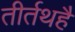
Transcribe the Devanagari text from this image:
तीर्तथहै